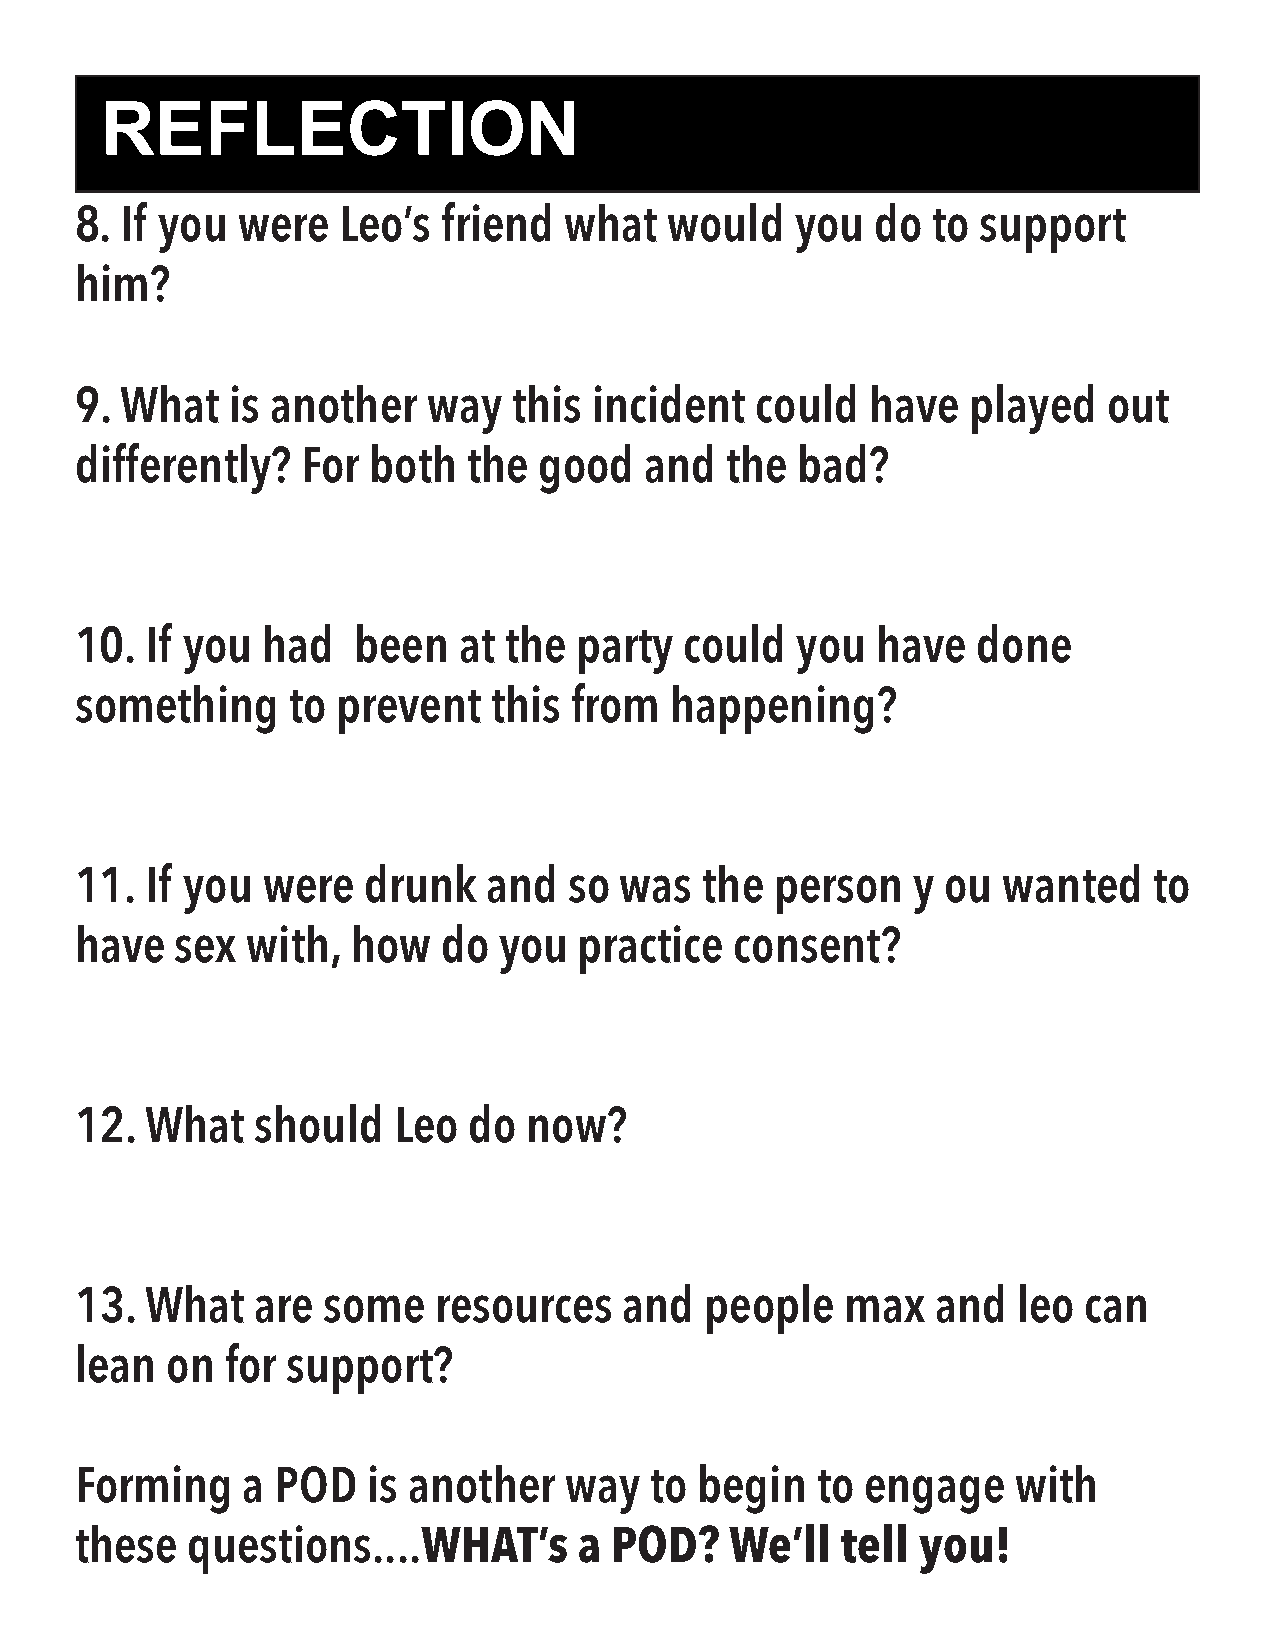
REFLECTION
 8. If you  were  Leo’s  friend  what   would    you  do  to support
 him?
 9. What   is another   way   this incident   could   have  played   out
 differently?   For both   the  good   and  the  bad?
 10.  If you had   been   at the  party  could   you  have   done
 something     to prevent    this from  happening?
 11.  If you were   drunk   and   so was  the  person   y  ou wanted    to
 have   sex with,  how   do  you  practice   consent?
 12.  What   should   Leo  do  now?
 13.  What   are some    resources   and   people   max   and  leo  can
 lean  on  for support?
 Forming    a POD   is another   way   to begin   to engage    with
 WHAT’s    a POD?    We’ll   tell you!
 these  questions....